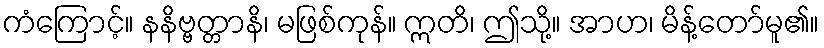
ကံကြောင့်။ နနိဗ္ဗတ္တာနိ၊ မဖြစ်ကုန်။ ဣတိ၊ ဤသို့။ အာဟ၊ မိန့်တော်မူ၏။